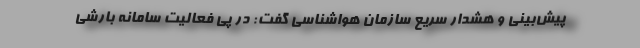
پیش‌بینی و هشدار سریع سازمان هواشناسی گفت: در پی فعالیت سامانه بارشی